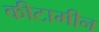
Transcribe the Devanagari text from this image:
कीटामीन